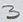
Text: 3